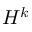
H ^ { k }